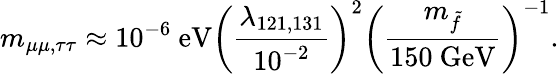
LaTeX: m_{\mu\mu,\tau\tau}\approx 10^{-6}\mathrm{~eV}\left(\frac{\lambda_{121,131}}{10^{-2}}\right)^{2}\left(\frac{m_{\tilde{f}}}{150\mathrm{~GeV}}\right)^{-1}.